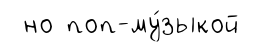
но поп-му́зыкой